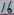
Text: 16